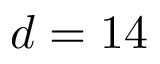
d = 1 4